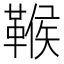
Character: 𩋴